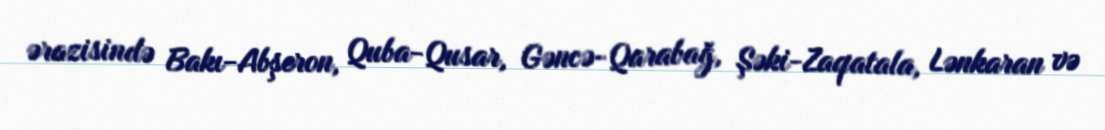
ərazisində Bakı-Abşeron, Quba-Qusar, Gəncə-Qarabağ, Şəki-Zaqatala, Lənkaran və